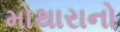
મોથારાનો